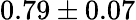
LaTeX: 0.79\pm 0.07